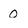
Character: 0